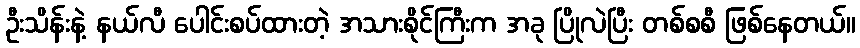
ဦးသိန်းနဲ့ နယ်လီ ပေါင်းစပ်ထားတဲ့ အသားစိုင်ကြီးက အခု ပြိုလဲပြီး တစ်စစီ ဖြစ်နေတယ်။